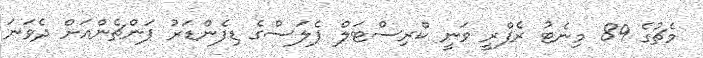
މެޗުގެ 89 މިނެޓު ރެފްރީ ވަނީ ކްރިސްޓަލް ޕެލަސްގެ ޑިފެންޑަރު ޕަންޗެންއަށް ދެވަނަ